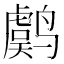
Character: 𱊫